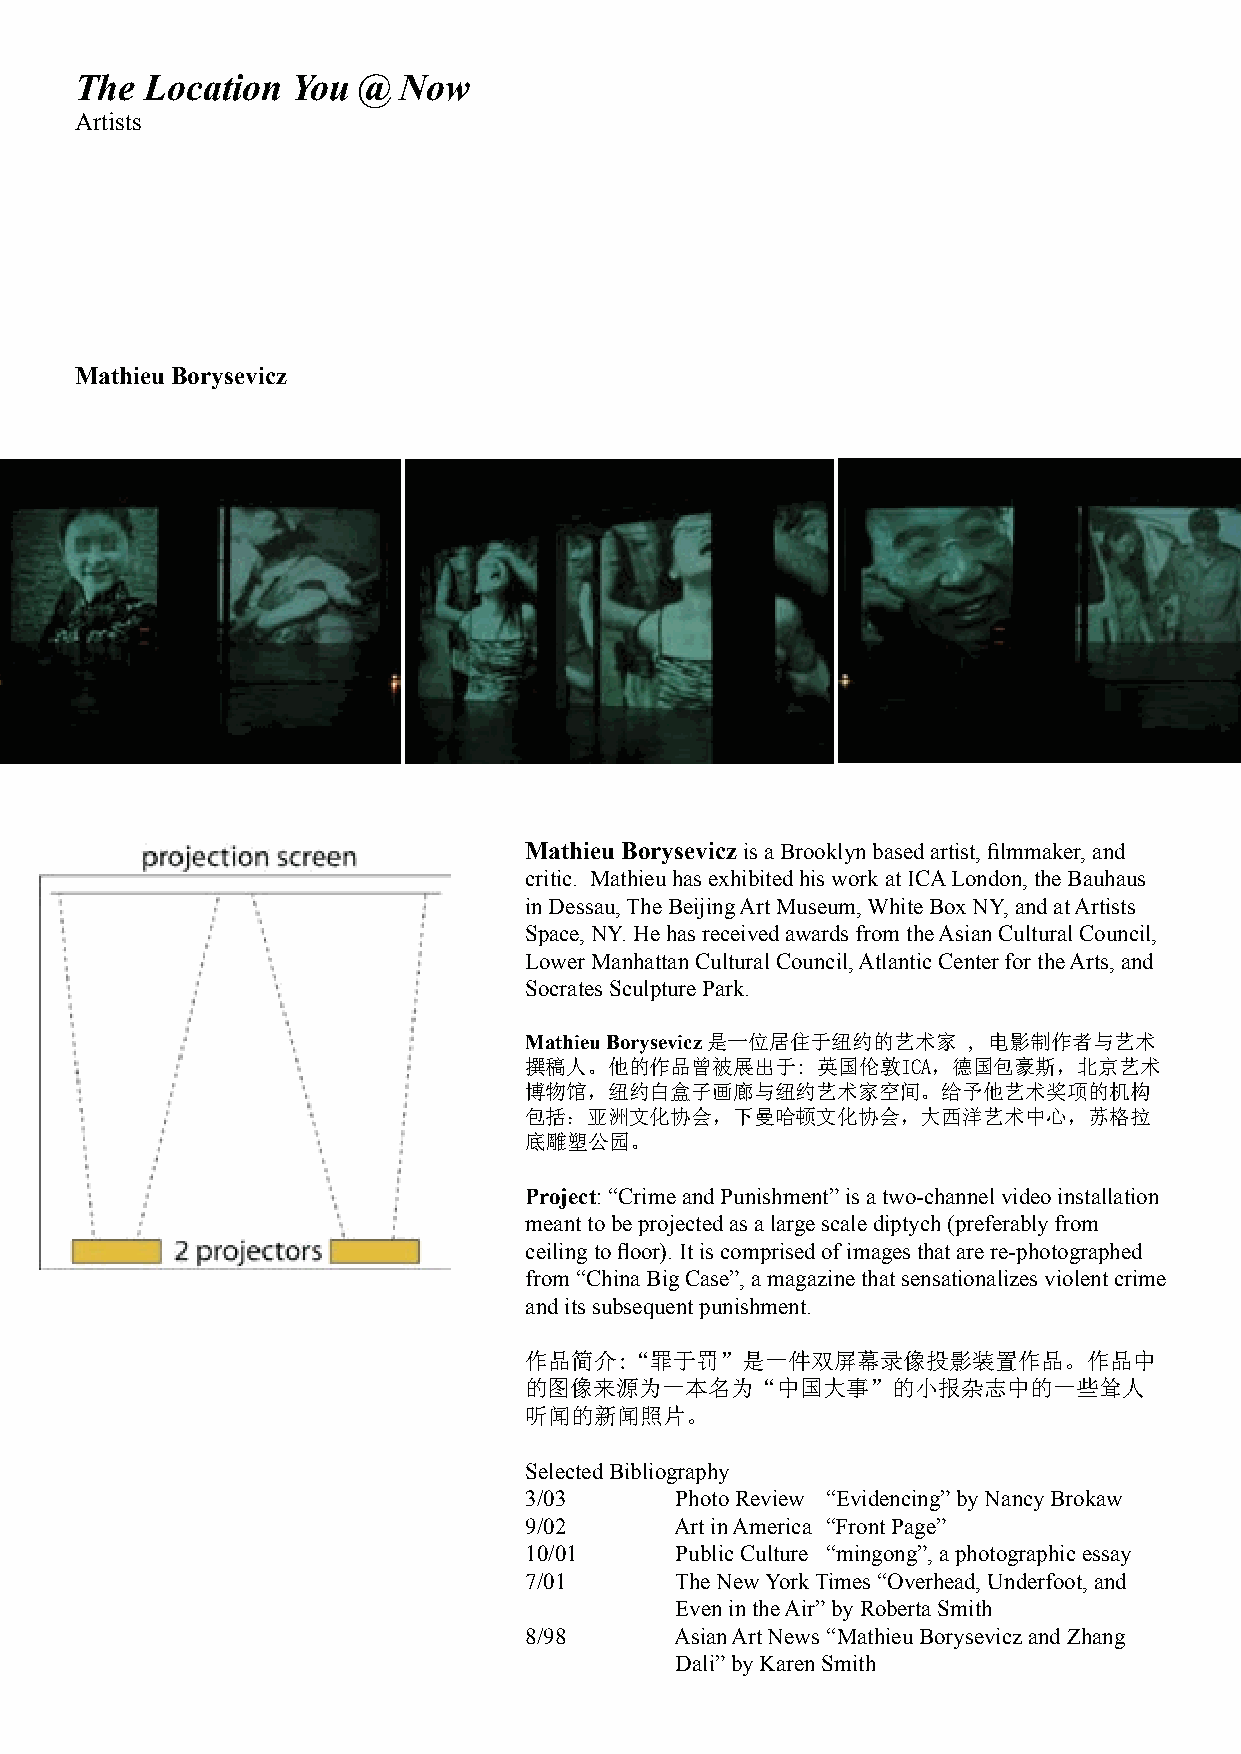
The  Location You  @ Now
 Artists
 Mathieu Borysevicz
 Mathieu Borysevicz is a Brooklyn based artist, filmmaker, and
 critic. Mathieu has exhibited his work at ICA London, the Bauhaus
 in Dessau, The Beijing Art Museum, White Box NY, and at Artists
 Space, NY. He has received awards from the Asian Cultural Council,
 Lower Manhattan Cultural Council, Atlantic Center for the Arts, and
 Socrates Sculpture Park.
 Mathieu Borysevicz 是一位居住于纽约的艺术家 , 电影制作者与艺术
 撰稿人。他的作品曾被展出于:     英国伦敦ICA，德国包豪斯，北京艺术
 博物馆，纽约白盒子画廊与纽约艺术家空间。给予他艺术奖项的机构
 包括：亚洲文化协会，下曼哈顿文化协会，大西洋艺术中心，苏格拉
 底雕塑公园。
 Project: “Crime and Punishment” is a two-channel video installation
 meant to be projected as a large scale diptych (preferably from
 ceiling to floor). It is comprised of images that are re-photographed
 from “China Big Case”, a magazine that sensationalizes violent crime
 and its subsequent punishment.
 作品简介:“罪于罚”是一件双屏幕录像投影装置作品。作品中
 的图像来源为一本名为“中国大事”的小报杂志中的一些耸人
 听闻的新闻照片。
 Selected Bibliography
 3/03      Photo Review “Evidencing” by Nancy Brokaw
 9/02      Art in America “Front Page”
 10/01     Public Culture “mingong”, a photographic essay
 7/01      The New York Times “Overhead, Underfoot, and
 Even in the Air” by Roberta Smith
 8/98      Asian Art News “Mathieu Borysevicz and Zhang
 Dali” by Karen Smith